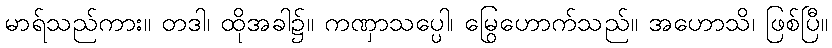
မာရ်သည်ကား။ တဒါ၊ ထိုအခါ၌။ ကဏှာသပ္ပေါ၊ မြွေဟောက်သည်။ အဟောသိ၊ ဖြစ်ပြီ။